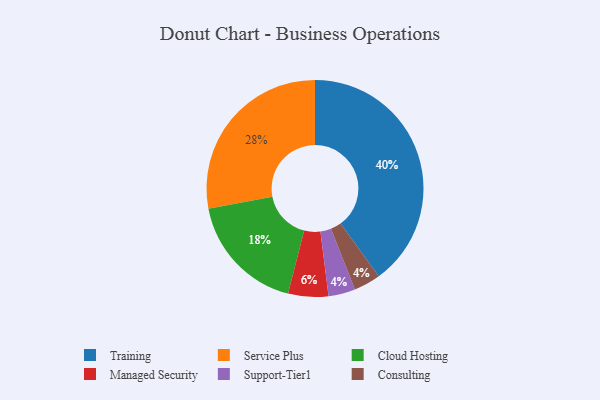
{"axis": {"x": "Category", "y": "Percentage"}, "legend": ["Cloud Hosting", "Consulting", "Managed Security", "Service Plus", "Support-Tier1", "Training"], "data": [{"x": "Support-Tier1", "y": 4, "type": "Support-Tier1"}, {"x": "Service Plus", "y": 28, "type": "Service Plus"}, {"x": "Training", "y": 40, "type": "Training"}, {"x": "Consulting", "y": 4, "type": "Consulting"}, {"x": "Managed Security", "y": 6, "type": "Managed Security"}, {"x": "Cloud Hosting", "y": 18, "type": "Cloud Hosting"}]}